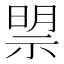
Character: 𱵗